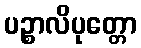
ပဉ္စာလိပုတ္တော